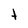
Character: t